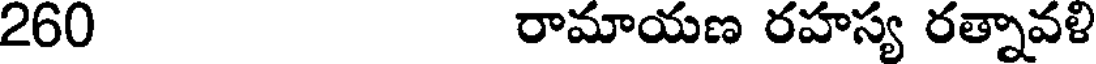
260 రామాయణ రహస్య రత్నావళి